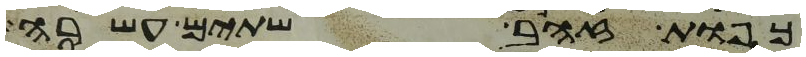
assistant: כפות זהב שתים עשרה